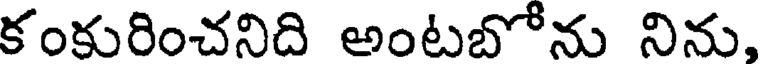
కంకురించనిది అంటబోను నిను,